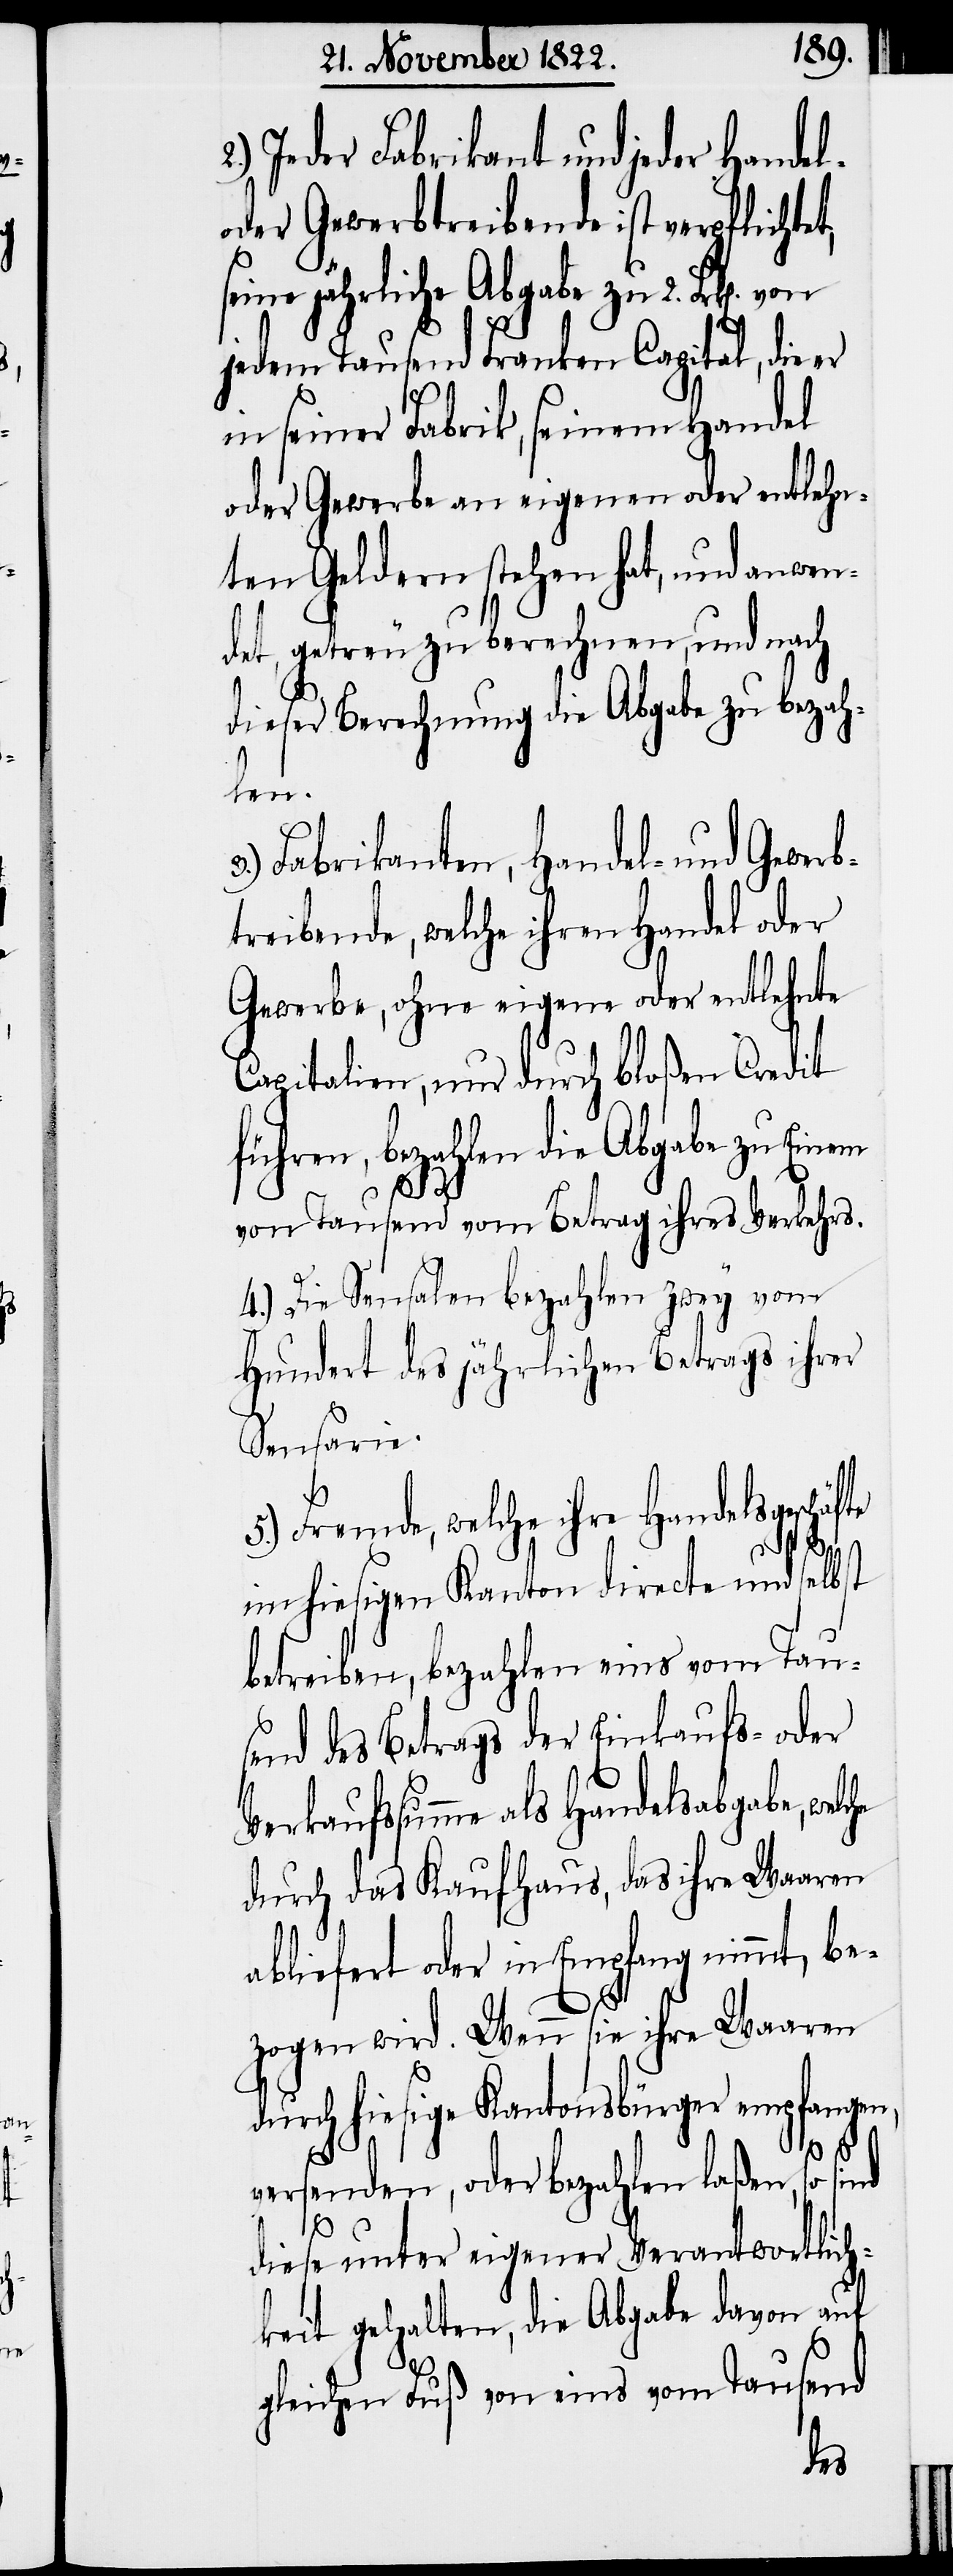
Jeder Fabrikant und jeder Handel-
oder Gewerbtreibende ist verpflicht¬
e jährliche Abgabe zu 2.
jedem Tausend Franken Capital, die er
in seiner Fabrik, seinem Handel
oder Gewerbe an eigenen oder entlehn¬
ten Geldern stehen hat, und anwen¬
det, getreu zu berechnen, und nach
dieser Berechnung die Abgabe zu bezahl¬
en.
3.) Fabrikanten, Handel- und Gewer¬
treibende, welche ihren Handel oder
Gewerbe, ohne eigene oder entlehnte
Capitalien, nur durch bloßen Credit
führen, bezahlen die Abgabe zu Einem
von Tausend vom Betrag ihres Verkehrs.
4.) Die Sensalen bezahlen zwey vom
Hundert des jährlichen Betrags ihrer
Sensarie.
Fremde, welche ihre Handelsgesch¬
im hiesigen Kanton directe und selbst
betreiben, bezahlen eines vom Tau¬
send des Betrags der Einkaufs- oder
Verkaufssumme als Handelsabgabe, wel¬
durch das Kaufhaus, das ihre Waaren
abliefert oder in Empfang nimmt, be¬
zogen wird. Wenn sie ihre Waaren
durch hiesige Kantonsbürger empfangen,
versenden, oder bezahlen laßen, so sind
che
diese unter eigener Verantwortlich¬
keit gehalten, die Abgabe davon auf
gleichen Fuß von eins vom Tausend